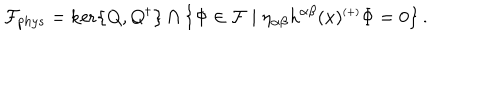
{ \mathcal { F } } _ { p h y s } = \ker \left\{ Q , Q ^ { \dagger } \right\} \cap \left\{ \Phi \in { \mathcal { F } } \mid \eta _ { \alpha \beta } h ^ { \alpha \beta } ( x ) ^ { \scriptscriptstyle ( + ) } \Phi = 0 \right\} .